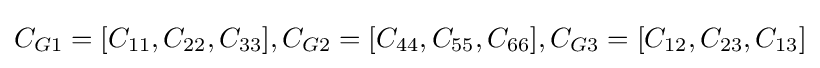
C_{G1}=[C_{11},C_{22},C_{33}],C_{G2}=[C_{44},C_{55},C_{66}],C_{G3}=[C_{12},C_{23},C_{13}]